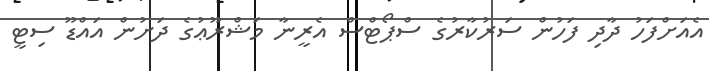
އެއަށްފަހު ދާދި ފަހުން ސަރުކާރުގެ ސްޕޯޓްސް އެރީނާ މަޝްރޫޢުގެ ދަށުން އައްޑޫ ސިޓީ